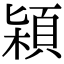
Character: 㯋